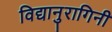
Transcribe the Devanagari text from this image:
विद्यानुरागिनी